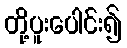
တို့ပူးပေါင်း၍